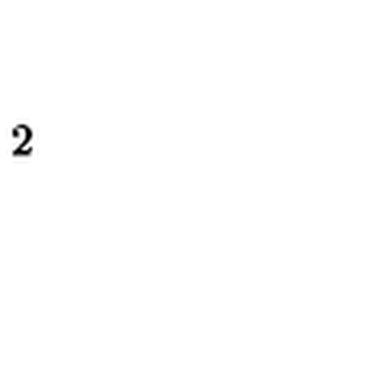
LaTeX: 2